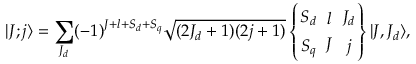
| J ; j \rangle = \sum _ { J _ { d } } ( - 1 ) ^ { J + l + S _ { d } + S _ { q } } \sqrt { ( 2 J _ { d } + 1 ) ( 2 j + 1 ) } \left\{ { S _ { d } \atop S _ { q } } \ { l \atop J } \ { J _ { d } \atop j } \right\} | J , J _ { d } \rangle ,